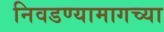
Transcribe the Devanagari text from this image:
निवडण्यामागच्या